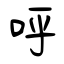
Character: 呼